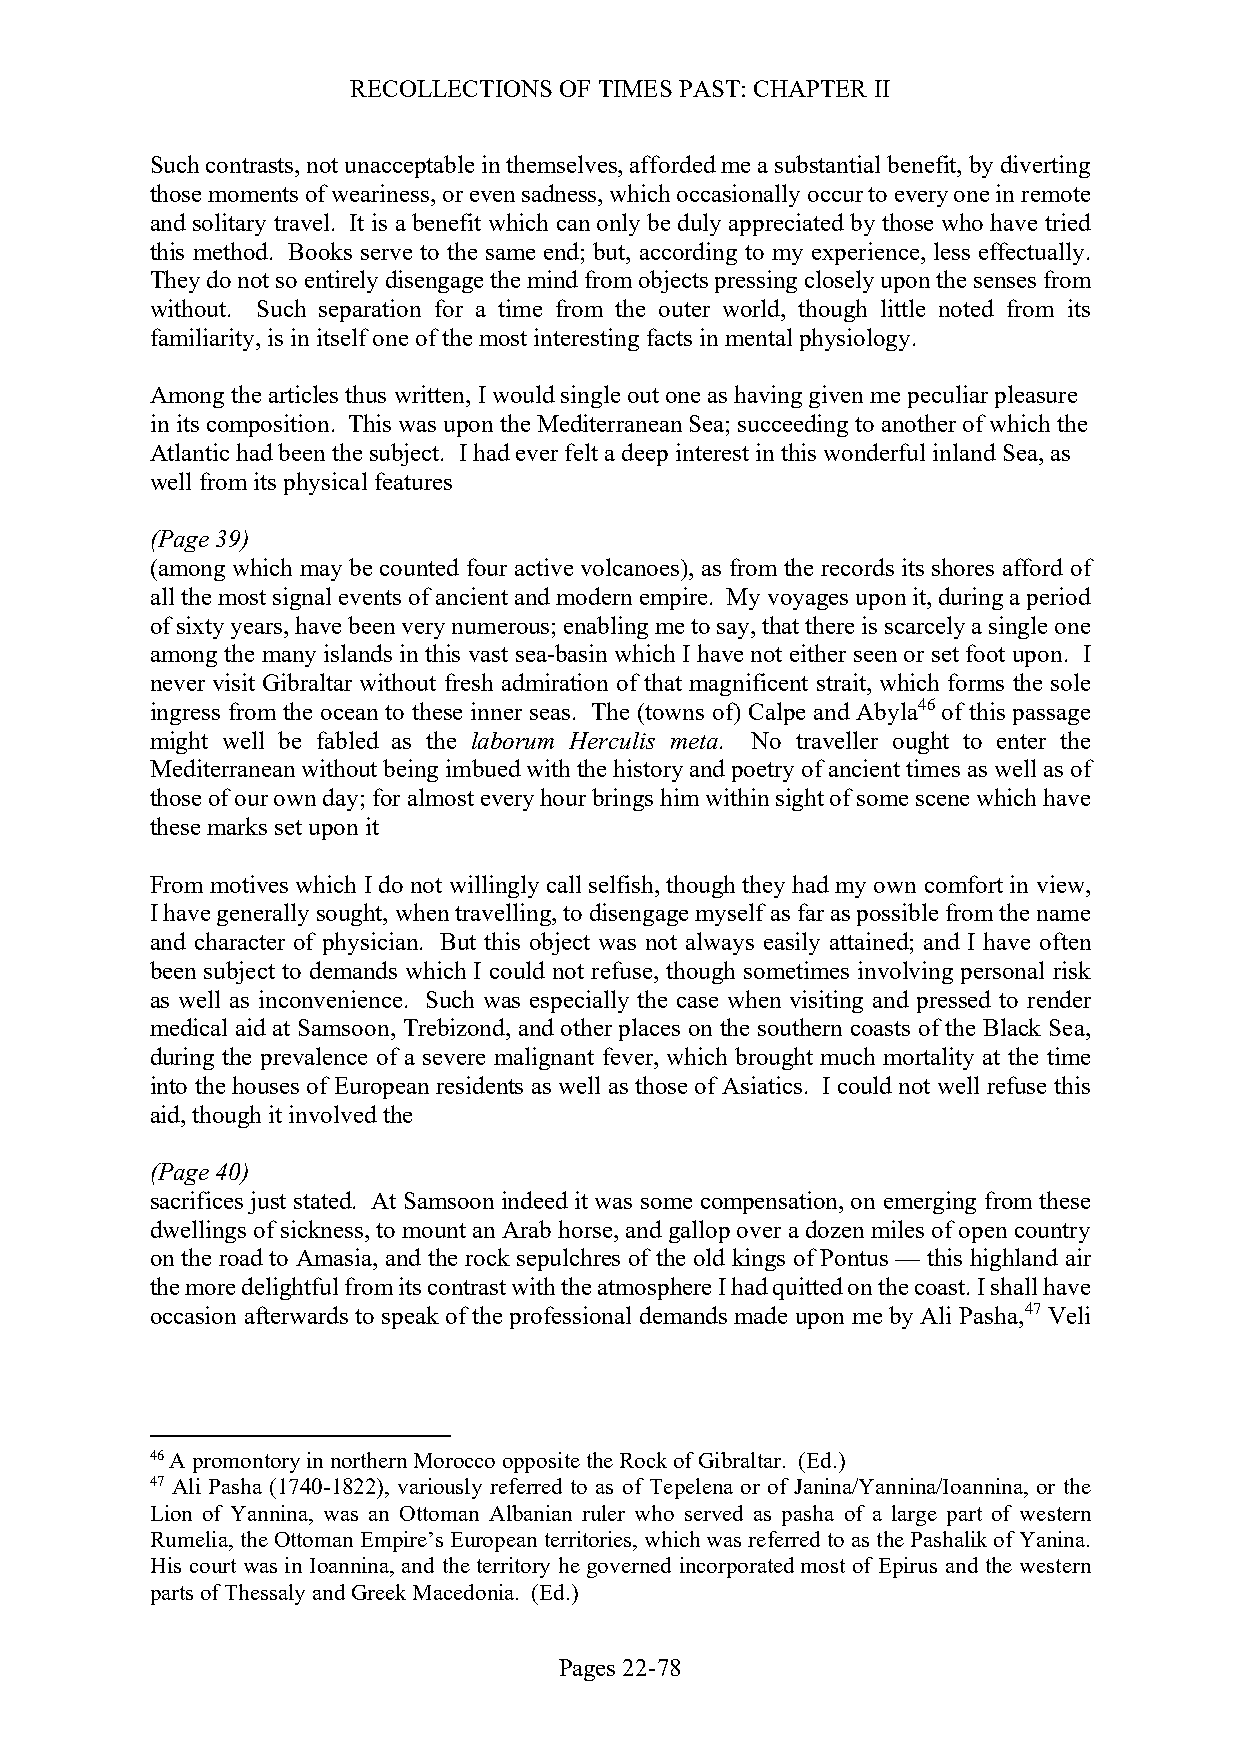
RECOLLECTIONS OF TIMES PAST: CHAPTER II
 Such contrasts, not unacceptable in themselves, afforded me a substantial benefit, by diverting
 those moments of weariness, or even sadness, which occasionally occur to every one in remote
 and solitary travel. It is a benefit which can only be duly appreciated by those who have tried
 this method. Books serve to the same end; but, according to my experience, less effectually.
 They do not so entirely disengage the mind from objects pressing closely upon the senses from
 without. Such separation for a time from the outer world, though little noted from its
 familiarity, is in itself one of the most interesting facts in mental physiology.
 Among the articles thus written, I would single out one as having given me peculiar pleasure
 in its composition. This was upon the Mediterranean Sea; succeeding to another of which the
 Atlantic had been the subject. I had ever felt a deep interest in this wonderful inland Sea, as
 well from its physical features
 (Page 39)
 (among which may be counted four active volcanoes), as from the records its shores afford of
 all the most signal events of ancient and modern empire. My voyages upon it, during a period
 of sixty years, have been very numerous; enabling me to say, that there is scarcely a single one
 among the many islands in this vast sea-basin which I have not either seen or set foot upon. I
 never visit Gibraltar without fresh admiration of that magnificent strait, which forms the sole
 ingress from the ocean to these inner seas. The (towns of) Calpe and Abyla46 of this passage
 might well be fabled as the laborum Herculis meta. No traveller ought to enter the
 Mediterranean without being imbued with the history and poetry of ancient times as well as of
 those of our own day; for almost every hour brings him within sight of some scene which have
 these marks set upon it
 From motives which I do not willingly call selfish, though they had my own comfort in view,
 I have generally sought, when travelling, to disengage myself as far as possible from the name
 and character of physician. But this object was not always easily attained; and I have often
 been subject to demands which I could not refuse, though sometimes involving personal risk
 as well as inconvenience. Such was especially the case when visiting and pressed to render
 medical aid at Samsoon, Trebizond, and other places on the southern coasts of the Black Sea,
 during the prevalence of a severe malignant fever, which brought much mortality at the time
 into the houses of European residents as well as those of Asiatics. I could not well refuse this
 aid, though it involved the
 (Page 40)
 sacrifices just stated. At Samsoon indeed it was some compensation, on emerging from these
 dwellings of sickness, to mount an Arab horse, and gallop over a dozen miles of open country
 on the road to Amasia, and the rock sepulchres of the old kings of Pontus — this highland air
 the more delightful from its contrast with the atmosphere I had quitted on the coast. I shall have
 occasion afterwards to speak of the professional demands made upon me by Ali Pasha,47 Veli
 46 A promontory in northern Morocco opposite the Rock of Gibraltar. (Ed.)
 47 Ali Pasha (1740-1822), variously referred to as of Tepelena or of Janina/Yannina/Ioannina, or the
 Lion of Yannina, was an Ottoman Albanian ruler who served as pasha of a large part of western
 Rumelia, the Ottoman Empire’s European territories, which was referred to as the Pashalik of Yanina.
 His court was in Ioannina, and the territory he governed incorporated most of Epirus and the western
 parts of Thessaly and Greek Macedonia. (Ed.)
 Pages 22-78